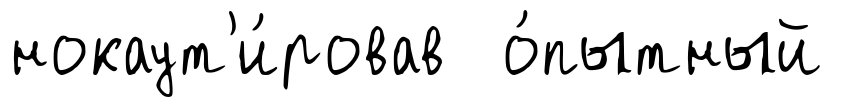
нокаут'и́ровав о́пытный